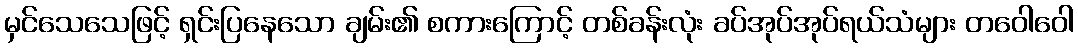
မှင်သေသေဖြင့် ရှင်းပြနေသော ချမ်း၏ စကားကြောင့် တစ်ခန်းလုံး ခပ်အုပ်အုပ်ရယ်သံများ တဝေါဝေါ